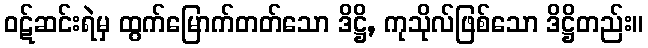
ဝဋ်ဆင်းရဲမှ ထွက်မြောက်တတ်သော ဒိဋ္ဌိ, ကုသိုလ်ဖြစ်သော ဒိဋ္ဌိတည်း။